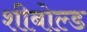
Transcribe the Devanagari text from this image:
शीबोल्ड